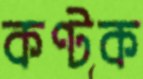
কণ্টক